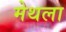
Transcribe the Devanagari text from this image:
मेथला